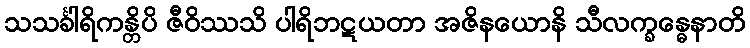
သသင်္ခါရိကန္တိပိ ဇီဝိဿသိ ပါရိဘဋယတာ အဇိနယောနိ သီလက္ခန္ဓေနာတိ